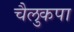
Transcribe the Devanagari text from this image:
चैलुकपा